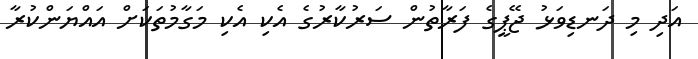
އަދި މި ދަނޑިވަޅު ޖޭޕީގެ ފަރާތުން ސަރުކާރުގެ އެކި އެކި މަގާމުތަކަށް އައްޔަންކުރާ